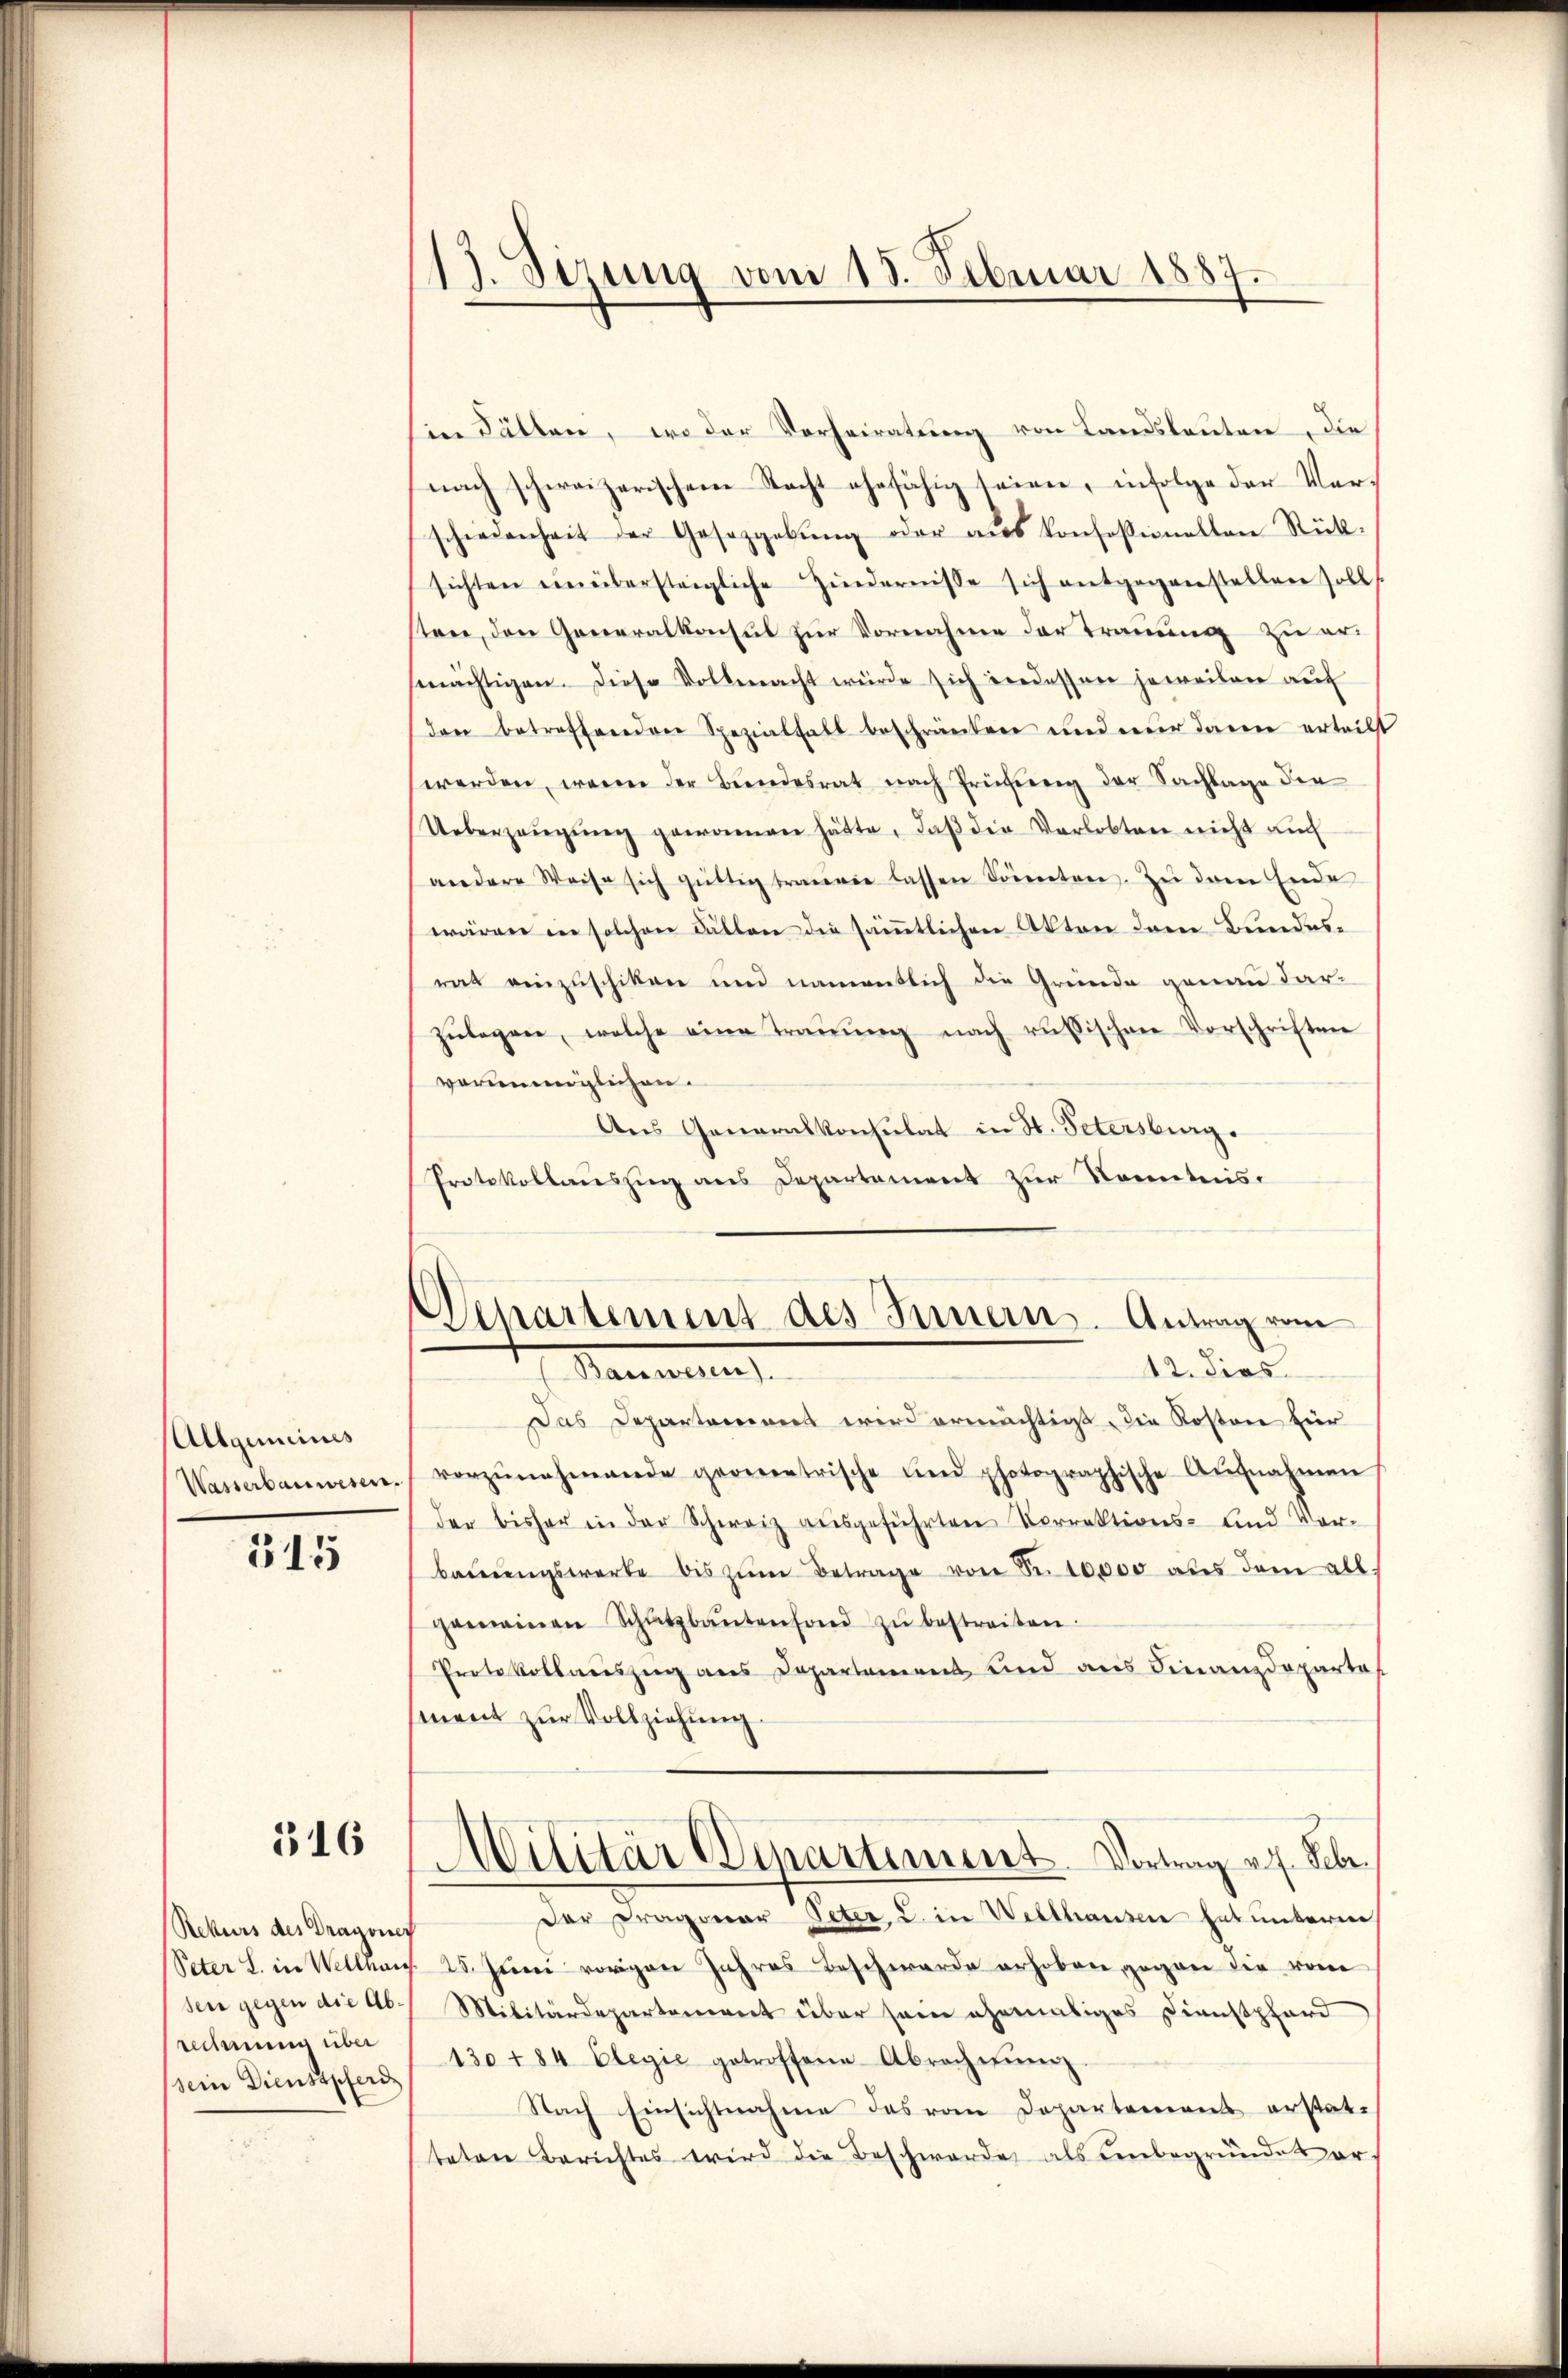
Allgemeines
Wasserbauwesen.

515

316

Ein hätten, wo der Vorheiratung von Landsleuten die
nach schweizerischen Nacht ehefähig seien, infolge der Verschwienheit der Gesetzgebŭng oder aŭs Konfessionalten Rück-
sichten einübersteigliche Zindernisse sich entgegenstellen soll
sten, den Generalkonsul zur Vornahme der Trauung zu er
mächtigen. Diese Vollmacht würde sich indessen jeweilen auf
den betreffenden Spezialfalt beschränken und nur dann erteilt
werden, wenn der Bundesrat nach Prüfung der Sachlage der
Ueberzeŭgŭng gewonnen hätte, daβ die Verlobten nicht auch
andere Weise sich gültig traŭen lassen Sonnten. Zu dem Ende
wären in solchen Fällen die sämmtlichen Akten dem Bundesrat einzuschiken und namentlich die Gründe genau dar-
zŭlegen, welche eine Traŭŭng nach russischen Vorschriften
vorummiglichen.
Aus Generalkonsulat in St. Petersburg.
Protokollauszug aus Departement zur Kenntnis.

Rekurs des Dragoner
sen gegen die Abrechnung über
sein Dienstpferd

19. Sizung vom 18. Februar 1887.

Departement des Innern. Antrag vom
12. dies
Sammlun

Das Departamines wird ermächtigt die Kosten für
vorzŭnehmende geometrische und photographische Aŭfnahmen
der bisher in der Schweiz aŭsgeführten Vorrektions- und Vor-
baŭŭngswerte bis zŭm Betrage von Sr. 10,000 als dem all.
gemeinen Schŭtzbaŭtenfond zŭ bestreiten.
Protokollauszug aus Departement und aus Finanzdepartes
sment zur Vollziehung
Militär Dipartement. Vortrag v. 7. Febr.
der Fragonar Peter, 2. in Wellhausen hat unterm
Peter L. in Wellhaus 25. Juni vorigen Jahres Beschwerde erhoben gegen die vom
Militärdeparteniret über sein ehemaliges Dienstpfard
130 t 84 Elegie getroffene Abrechnŭng
Nach Einsichtnahme des vom Departements erstatteten Berichtes wird die Beschwerde als unbegründet er¬